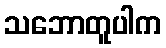
သဘောတူပါက